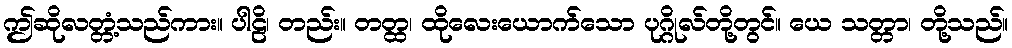
ဤဆိုလတ္တံ့သည်ကား။ ပါဠိ၊ တည်း။ တတ္ထ၊ ထိုလေးယောက်သော ပုဂ္ဂိုလ်တို့တွင်။ ယေ သတ္တာ၊ တို့သည်။